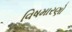
વિષમારણો